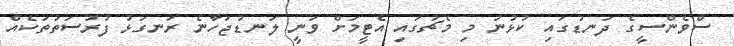
ސްވެންސީގެ ދަނޑުގައި ކުޅުނު މި މެޗުގައި އެޓީމަށް ވަނީ ލަނޑުޖަހާނެ ރަނގަޅު ފުރުސަތުތަކެއް